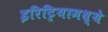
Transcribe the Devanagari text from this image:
इरिट्रियामध्ये